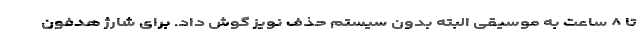
تا ۸ ساعت به موسیقی البته بدون سیستم حذف نویز گوش داد. برای شارژ هدفون